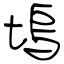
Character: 塢